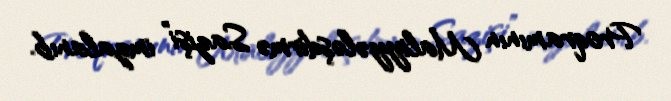
Proqramının Maliyyələşdirmə Sazişi” imzalanıb.